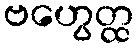
ဗဟွေတ္ထ